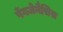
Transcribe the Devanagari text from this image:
पेंगजेनैसिस